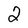
Character: 2